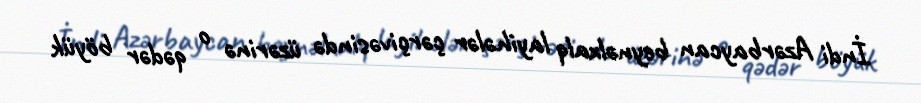
İndi Azərbaycan beynəlxalq layihələr çərçivəsində üzərinə o qədər böyük